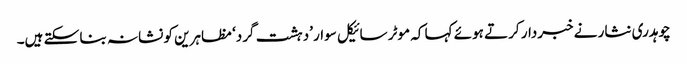
چوہدری نثار نے خبردار کرتے ہوئے کہا کہ موٹر سائیکل سوار ’دہشت گرد‘ مظاہرین کو نشانہ بنا سکتے ہیں۔